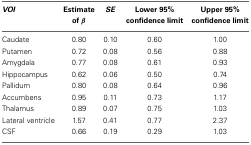
<table><thead><tr><td><b><i>VOI</i></b></td><td><b>Estimate of β</b></td><td><b><i>SE</i></b></td><td><b>Lower 95% confidence limit</b></td><td><b>Upper 95% confidence limit</b></td></tr></thead><tbody><tr><td>Caudate</td><td>0.80</td><td>0.10</td><td>0.60</td><td>1.00</td></tr><tr><td>Putamen</td><td>0.72</td><td>0.08</td><td>0.56</td><td>0.88</td></tr><tr><td>Amygdala</td><td>0.77</td><td>0.08</td><td>0.61</td><td>0.93</td></tr><tr><td>Hippocampus</td><td>0.62</td><td>0.06</td><td>0.50</td><td>0.74</td></tr><tr><td>Pallidum</td><td>0.80</td><td>0.08</td><td>0.64</td><td>0.96</td></tr><tr><td>Accumbens</td><td>0.95</td><td>0.11</td><td>0.73</td><td>1.17</td></tr><tr><td>Thalamus</td><td>0.89</td><td>0.07</td><td>0.75</td><td>1.03</td></tr><tr><td>Lateral ventricle</td><td>1.57</td><td>0.41</td><td>0.77</td><td>2.37</td></tr><tr><td>CSF</td><td>0.66</td><td>0.19</td><td>0.29</td><td>1.03</td></tr></tbody></table>